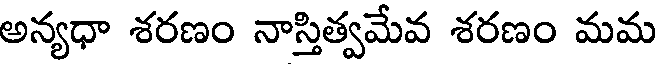
అన్యధా శరణం నాస్తిత్వమేవ శరణం మమ